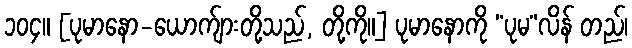
၁၀၄။ [ပုမာနော-ယောက်ျားတို့သည်, တို့ကို။] ပုမာနောကို “ပုမ”လိန် တည်၊